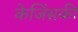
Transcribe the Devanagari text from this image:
केजिंसकी